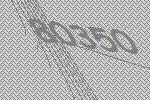
80350